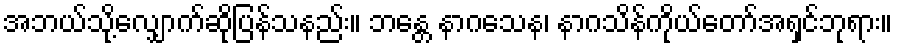
အဘယ်သို့လျှောက်ဆိုပြန်သနည်း။ ဘန္တေ နာဂသေန၊ နာဂသိန်ကိုယ်တော်အရှင်ဘုရား။